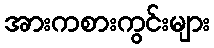
အားကစားကွင်းများ